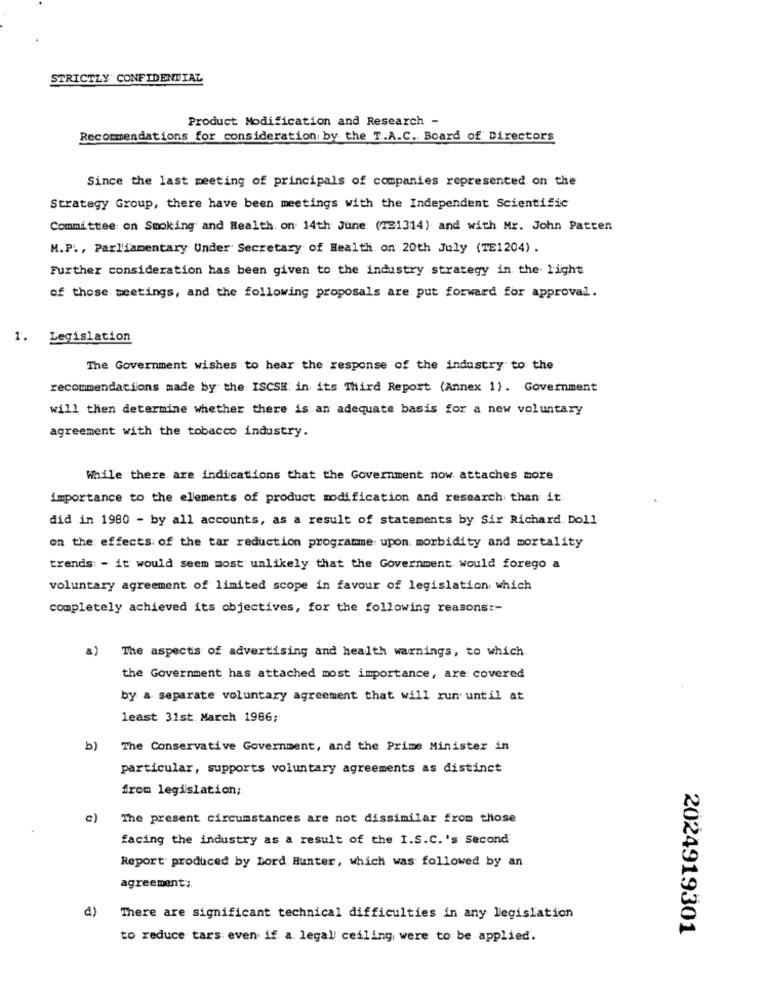
STRICTLY CONFIDENTIAL
Product Modification and Research -
Recommendations for consideration by the T.A.C. Board of Directors
Since the last meeting of principals of companies represented on the
Strategy Group, there have been meetings with the Independent Scientific
Committee on Smoking and Health. on 14th June: (791314) and with Mr. John Patten
M.P ., Parliamentary Under Secretary of Health on 20th July (TE1204) .
Further consideration has been given to the industry strategy in the light
of those meetings, and the following proposals are put forward for approval.
1. Legislation
The Government wishes to hear the response of the industry to the
recommendations made by the ISCSH: in its Third Report (Annex 1). Government
will then determine whether there is an adequate basis for a new voluntary
agreement with the tobacco industry.
While there are indications that the Government now attaches more
importance to the elements of product modification and research than it.
did in 1980 - by all accounts, as a result of statements by Sir Richard. Doll
on the effects of the tar reduction programme upon. morbidity and mortality
trends - it would seem most unlikely that the Government would forego a
voluntary agreement of limited scope in favour of legislation which
completely achieved its objectives, for the following reasons :-
a)
The aspects of advertising and health warnings, to which.
the Government has attached most importance, are covered
by a separate voluntary agreement that will run until at
least 31st. March 1986;
b)
The Conservative Government, and the Prime Minister in
particular, supports voluntary agreements as distinct
from legislation;
c)
The present circumstances are not dissimilar from those
facing the industry as a result of the I.S.C.'s Second
Report produced by Dord. Hunter, which was followed by an
agreement;
d)
There are significant technical difficulties in any legislation
2024919301
to reduce tars: even if a. legal/ ceiling were to be applied.